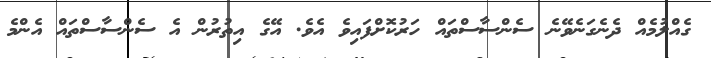
ގެއްލުމެއް ދެނެގަނެވޭނެ ސެންސާސްތައް ހަރުކޮށްފައިވެ އެވެ. އޭގެ އިތުރުން އެ ސެންސާސްތައް އެންމެ